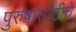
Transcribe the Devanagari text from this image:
पुरुषांसाठीचे